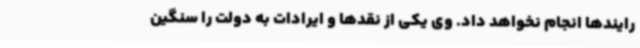
رایندها انجام نخواهد داد. وی یکی از نقدها و ایرادات به دولت را سنگین